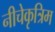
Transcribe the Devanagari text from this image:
नीचेकृत्रिम